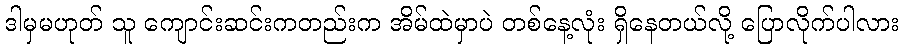
ဒါမှမဟုတ် သူ ကျောင်းဆင်းကတည်းက အိမ်ထဲမှာပဲ တစ်နေ့လုံး ရှိနေတယ်လို့ ပြောလိုက်ပါလား